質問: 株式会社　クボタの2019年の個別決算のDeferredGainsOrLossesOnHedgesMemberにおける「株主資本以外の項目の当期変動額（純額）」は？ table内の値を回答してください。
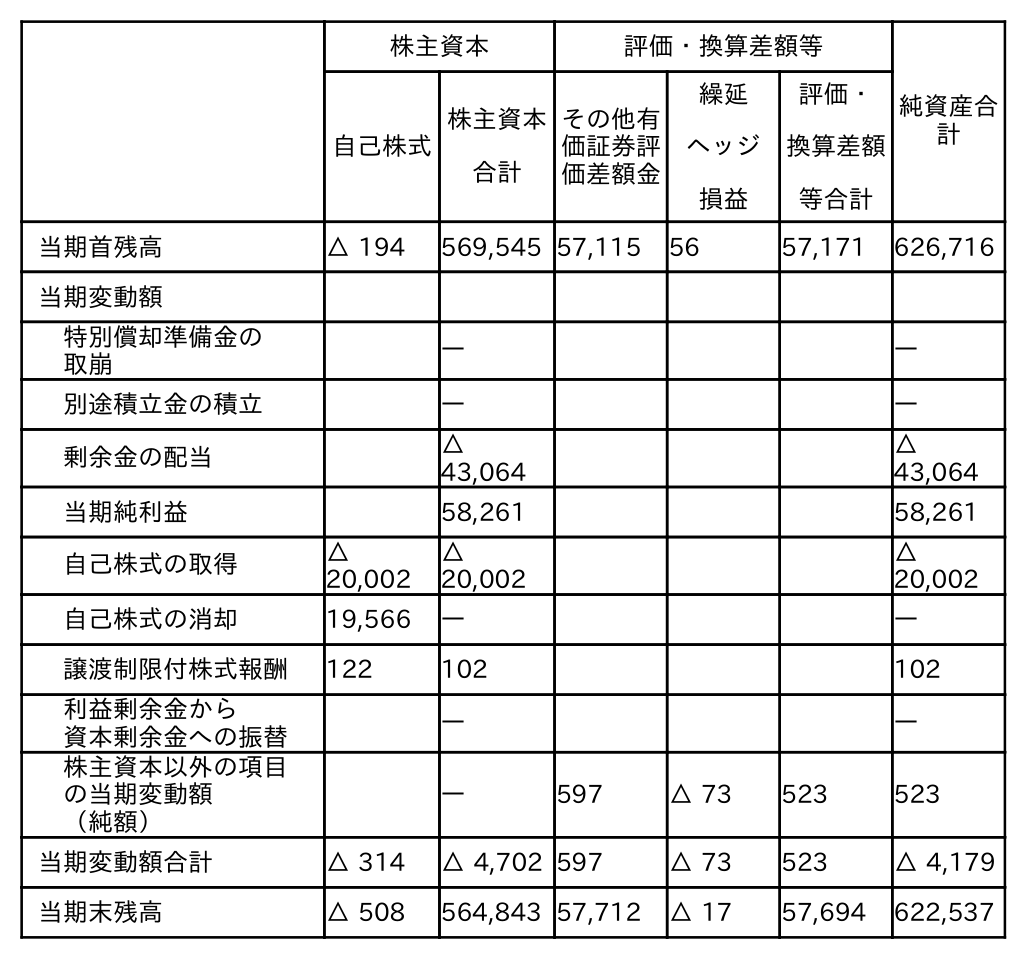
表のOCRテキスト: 株主資本 評価・換算差額等 純資産合 計 自己株式 株主資本 合計 その他有 価証券評 価差額金 繰延 ヘッジ 損益 評価・ 換算差額 等合計 当期首残高 △ 194 569,545 57,115 56 57,171 626,716 当期変動額 特別償却準備金の 取崩 ― ― 別途積立金の積立 ― ― 剰余金の配当 △ 43,064 △ 43,064 当期純利益 58,261 58,261 自己株式の取得 △ 20,002 △ 20,002 △ 20,002 自己株式の消却 19,566 ― ― 譲渡制限付株式報酬 122 102 102 利益剰余金から 資本剰余金への振替 ― ― 株主資本以外の項目 の当期変動額 （純額） ― 597 △ 73 523 523 当期変動額合計 △ 314 △ 4,702 597 △ 73 523 △ 4,179 当期末残高 △ 508 564,843 57,712 △ 17 57,694 622,537
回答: △73